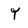
Character: Y